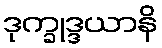
ဒုက္ခုဒ္ဒယာနိ